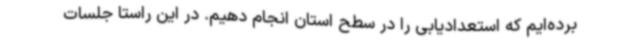
برده‌ایم که استعدادیابی را در سطح استان انجام دهیم. در این راستا جلسات